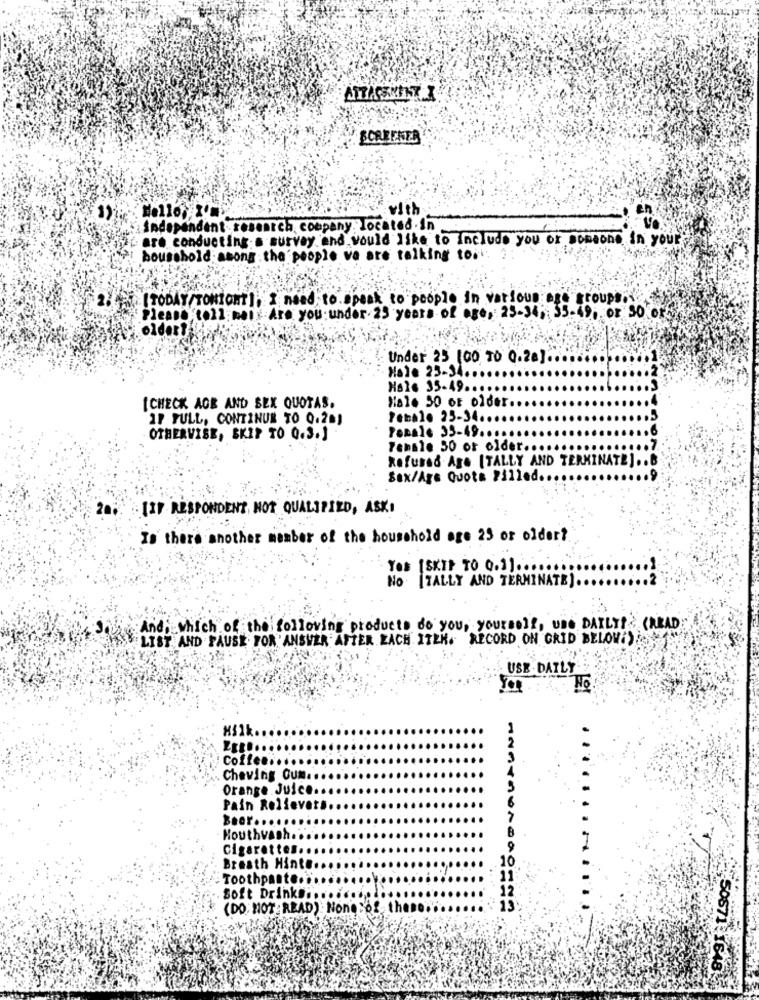
ATTACHMENT X
SCREENER
with
independent research. company. located.in
are conducting s survey and would like to Include you or someone in your
bousshold:asons the people va are talking toci: ?:
2:[TODAY/TONIONT), I need to Speak to people in various age groups.
Please toll mail Are you under 25 years of age, 25-34, 35-49, or So ort
older?
Under 25 100 TO 0.20] ..
Hale 23-34
Hals 35-49.
Male 50 of older.
[CHECK AGE AND SEX QUOTAS.
IF PULL, CONTINUE TO 0.20)
Totale 23-34 ..
Penale 33-49 ..
OTHERVISE, SKIP TO O.S.J
Temsie 50 or older ..
Refused Age [TALLY AND TERMINATE] .. B
Sax/Age Quota 211led
20,
[IF RESPONDENT NOT QUALIFIED, ASKI
Is there another member of the household are 25 or older?
Yes [SKIP TO 0.1] ..
No [TALLY AND TERMINATE] ..
And, which of the following products do you, yourself, use DAILY! (READ
LIST AND FAUSE FOR ANSWER AFTER EACH ITEM. RECORD ON GRID BELOW )
USE DAILY
MS1
Coffee ..
Cheving Cum ..
Orange Juice.
Pain Relieves
Bear .....
Houthvash.
Cigarettes.
Breath Hinte ..
Toothpaste.
Soft Drinks ..
(DO NOT READ) Noneof them ...
ANATAVADAS ===
50871 1646